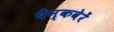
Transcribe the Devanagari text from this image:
बैन्कवेरें